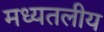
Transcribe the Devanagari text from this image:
मध्यतलीय